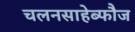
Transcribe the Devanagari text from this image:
चलनसाहेब्फौज